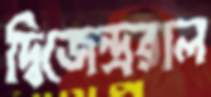
দ্বিজেন্দ্ররাল